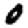
Digit: 0